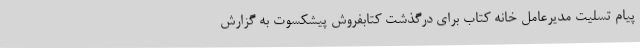
پیام تسلیت مدیرعامل خانه کتاب برای درگذشت کتابفروش پیشکسوت به گزارش